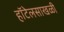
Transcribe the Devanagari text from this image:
हॉटेलसाखळी